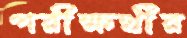
পরীক্ষর্থীর